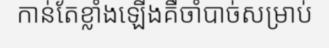
កាន់តែខ្លាំងឡើងគឺចាំបាច់សម្រាប់